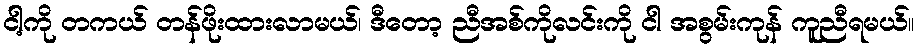
ငါ့ကို တကယ် တန်ဖိုးထားလာမယ်၊ ဒီတော့ ညီအစ်ကိုလင်းကို ငါ အစွမ်းကုန် ကူညီရမယ်။